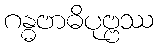
ဂန္ဓဗာဓိပုဗ္ဗဿ